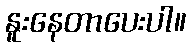
နူးနေတာပေးပါ။